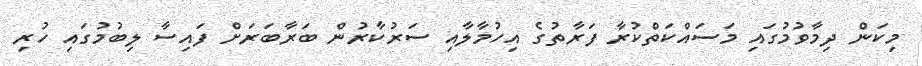
މިކަން ދިމާވުމުގައި މަސައްކަތްކުރާ ފަރާތުގެ އިހުމާލާއި ސަރުކާރުން ބަރާބަރަށް ފައިސާ ލިބުމުގައި ހުރި